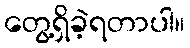
တွေ့ရှိခဲ့ရတာပါ။